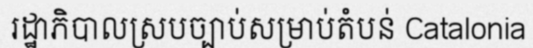
រដ្ឋាភិបាលស្របច្បាប់សម្រាប់តំបន់ Catalonia